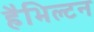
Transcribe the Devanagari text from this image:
हैभिल्टन